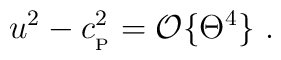
u^2-c_{_{\rm P}}^2={\cal O}\{\Theta^4\}\ .